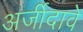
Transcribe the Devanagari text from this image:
अर्जीदावे